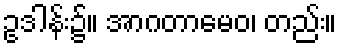
ဥဒါန်း၌။ အာဂတာမေဝ၊ တည်း။